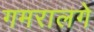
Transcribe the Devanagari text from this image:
गमरालगे